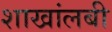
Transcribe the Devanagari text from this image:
शाखांलबी